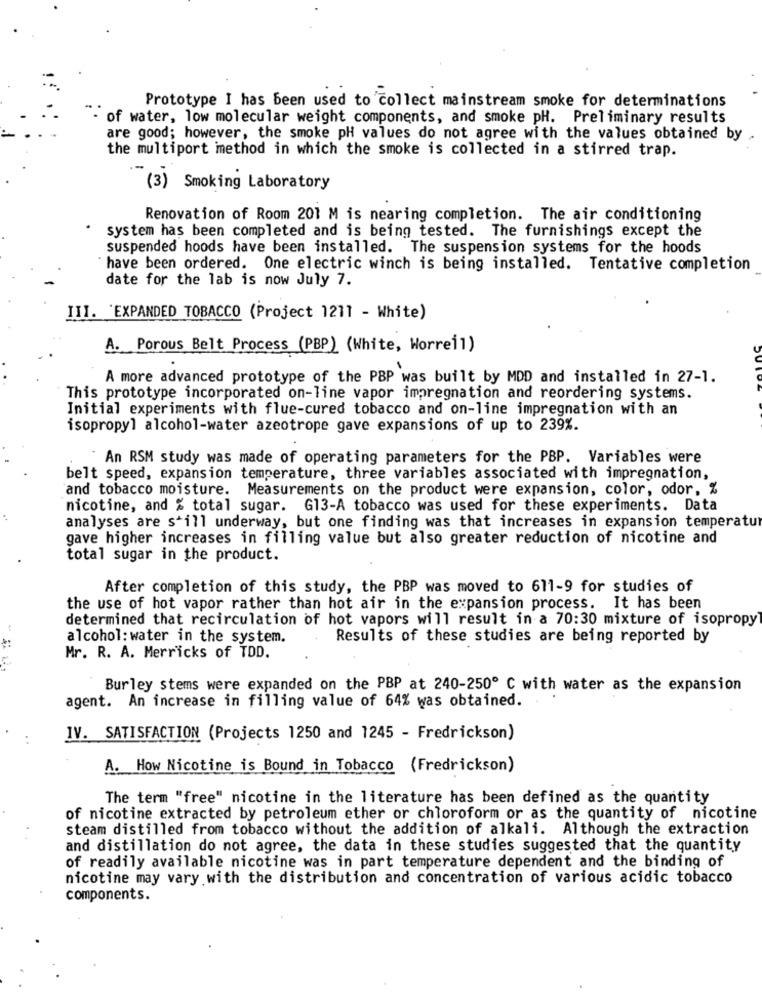
Prototype I has been used to collect mainstream smoke for determinations
of water, low molecular weight components, and smoke pH. Preliminary results
are good; however, the smoke pH values do not agree with the values obtained by
the multiport mmethod in which the smoke is collected in a stirred trap.
(3) Smoking Laboratory
Renovation of Room 201 M is nearing completion. The air conditioning
system has been completed and is being tested. The furnishings except the
suspended hoods have been installed. The suspension systems for the hoods
have been ordered. One electric winch is being installed. Tentative completion
date for the lab is now July 7.
III. 'EXPANDED TOBACCO (Project 1211 - White)
A. Porous Belt Process (PBP) (White, Worreil)
A more advanced prototype of the PBP was built by MDD and installed in 27-1.
This prototype incorporated on-line vapor impregnation and reordering systems.
Initial experiments with flue-cured tobacco and on-line impregnation with an
isopropyl alcohol-water azeotrope gave expansions of up to 239%.
An RSM study was made of operating parameters for the PBP. Variables were
belt speed, expansion temperature, three variables associated with impregnation,
and tobacco moisture. Measurements on the product were expansion, color, odor, %
nicotine, and % total sugar. G13-A tobacco was used for these experiments. Data
analyses are still underway, but one finding was that increases in expansion temperatu
gave higher increases in filling value but also greater reduction of nicotine and
total sugar in the product.
After completion of this study, the PBP was moved to 611-9 for studies of
the use of hot vapor rather than hot air in the expansion process. It has been
determined that recirculation of hot vapors will result in a 70:30 mixture of isopropyl
alcohol: water in the system.
Results of these studies are being reported by
*:
Mr. R. A. Merricks of TOD.
Burley stems were expanded on the PBP at 240-250º C with water as the expansion
agent. An increase in filling value of 64% was obtained.
IV. SATISFACTION (Projects 1250 and 1245 - Fredrickson)
A. How Nicotine is Bound in Tobacco (Fredrickson)
The term "free" nicotine in the literature has been defined as the quantity
of nicotine extracted by petroleum ether or chloroform or as the quantity of nicotine
steam distilled from tobacco without the addition of alkali. Although the extraction
and distillation do not agree, the data in these studies suggested that the quantity
of readily available nicotine was in part temperature dependent and the binding of
nicotine may vary with the distribution and concentration of various acidic tobacco
components.